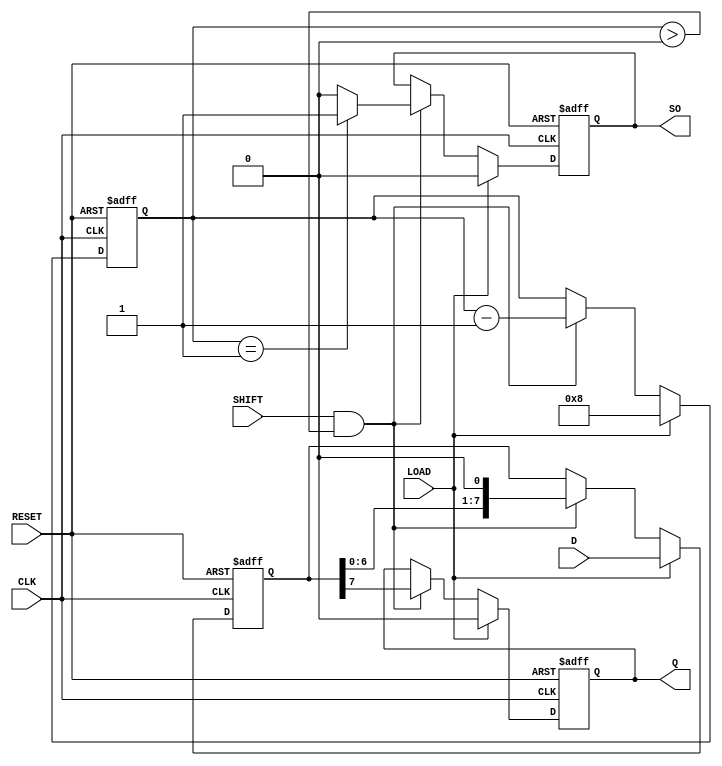
module piso_register #(
    parameter WIDTH = 8  // Width of the register
)(
    input wire [WIDTH-1:0] D,       // Parallel data input
    input wire LOAD,                 // Load control signal
    input wire SHIFT,                // Shift control signal
    input wire CLK,                  // Clock signal
    input wire RESET,                // Asynchronous reset signal
    output reg Q,                    // Serial output
    output reg SO                    // Shifted out indicator
);

    reg [WIDTH-1:0] shift_reg;      // Internal shift register
    reg [4:0] bit_count;             // Counter for keeping track of bits shifted out

    always @(posedge CLK or posedge RESET) begin
        if (RESET) begin
            shift_reg <= 0;          // Clear the shift register
            Q <= 0;                  // Clear the output
            SO <= 0;                 // Clear the shifted out indicator
            bit_count <= 0;          // Reset bit counter
        end else if (LOAD) begin
            shift_reg <= D;          // Load data into the shift register
            Q <= 0;                  // Clear output since we are loading data
            SO <= 0;                 // Clear shifted out indicator
            bit_count <= WIDTH;      // Set the counter to the width of the data
        end else if (SHIFT && bit_count > 0) begin
            Q <= shift_reg[WIDTH-1]; // Output the MSB of the shift register
            shift_reg <= shift_reg << 1; // Shift left to move next bit to MSB
            bit_count <= bit_count - 1;   // Decrement the bit counter

            if (bit_count == 1) begin
                SO <= 1;              // Set shifted out indicator when last bit is shifted out
            end else begin
                SO <= 0;              // Reset indicator if not the last bit
            end
        end
    end

    // Initialize the output on reset
    initial begin
        Q = 0;
        SO = 0;
        shift_reg = 0;
        bit_count = 0;
    end

endmodule